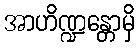
အာဟိဏ္ဍန္တောမှိ